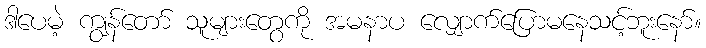
ဒါပေမဲ့ ကျွန်တော် သူများတွေကို အမနာပ လျှောက်ပြောမနေသင့်ဘူးနော်။